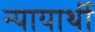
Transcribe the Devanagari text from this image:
न्यायार्थी